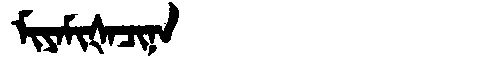
Manchu: ᠮᡳᠶᠠᠮᡳᡧᠠᠴᡳᠨᠠ
Romanization: MIYAMIŠACINA